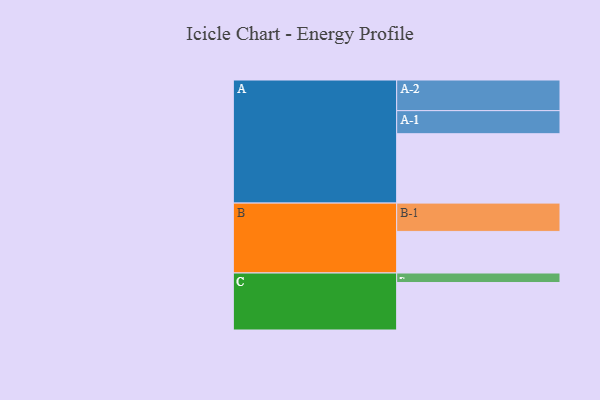
{"axis": {"x": "Segment", "y": "Value"}, "legend": ["", "A", "B", "C"], "data": [{"x": "A", "y": 532, "type": ""}, {"x": "B", "y": 319, "type": ""}, {"x": "C", "y": 364, "type": ""}, {"x": "A-1", "y": 177, "type": "A"}, {"x": "A-2", "y": 235, "type": "A"}, {"x": "B-1", "y": 217, "type": "B"}, {"x": "C-1", "y": 73, "type": "C"}]}